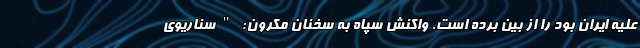
علیه ایران بود را از بین برده است. واکنش سپاه به سخنان مکرون: "سناریوی